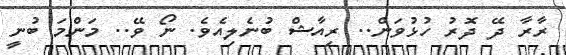
ރާރާ ދޭ ދޮރު ހުޅުވަން.. ރިއާޝް ބުނެލިއެވެ. ނޯ ވޭ.. މަންމަ ބުނީ